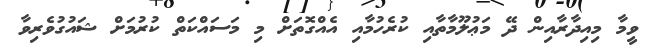
ވީމާ މިއިދާރާއިން ދޭ މަޢުލޫމާތާއި ކުރެހުމާއި އެއްގޮތަށް މި މަސައްކަތް ކުރުމަށް ޝައުގުވެރިވާ